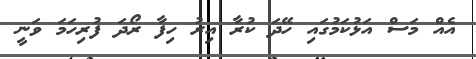
އެއް މަސް އަޅުކަމުގައި ހޭދަ ކުރާ އިރު ހިފާ ރޯދަ ފުރިހަމަ ވަނީ